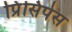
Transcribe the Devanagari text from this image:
प्रिंसिपेस